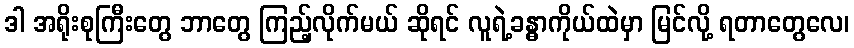
ဒါ အရိုးစုကြီးတွေ ဘာတွေ ကြည့်လိုက်မယ် ဆိုရင် လူရဲ့ခန္ဓာကိုယ်ထဲမှာ မြင်လို့ ရတာတွေလေ၊